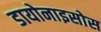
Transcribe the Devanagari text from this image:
डायोनाइसोस